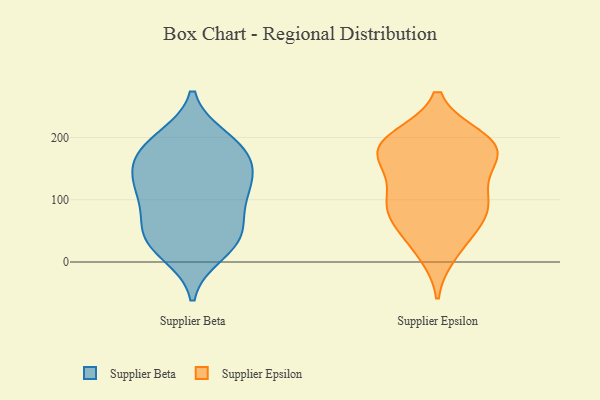
{"axis": {"x": "Satisfaction Score", "y": "Value"}, "legend": ["Supplier Beta", "Supplier Epsilon"], "data": [{"x": "", "y": 116, "type": "Supplier Beta"}, {"x": "", "y": 39, "type": "Supplier Beta"}, {"x": "", "y": 35, "type": "Supplier Beta"}, {"x": "", "y": 132, "type": "Supplier Beta"}, {"x": "", "y": 108, "type": "Supplier Beta"}, {"x": "", "y": 14, "type": "Supplier Beta"}, {"x": "", "y": 112, "type": "Supplier Beta"}, {"x": "", "y": 58, "type": "Supplier Beta"}, {"x": "", "y": 173, "type": "Supplier Beta"}, {"x": "", "y": 150, "type": "Supplier Beta"}, {"x": "", "y": 187, "type": "Supplier Beta"}, {"x": "", "y": 198, "type": "Supplier Beta"}, {"x": "", "y": 31, "type": "Supplier Beta"}, {"x": "", "y": 154, "type": "Supplier Beta"}, {"x": "", "y": 188, "type": "Supplier Beta"}, {"x": "", "y": 72, "type": "Supplier Beta"}, {"x": "", "y": 181, "type": "Supplier Epsilon"}, {"x": "", "y": 60, "type": "Supplier Epsilon"}, {"x": "", "y": 15, "type": "Supplier Epsilon"}, {"x": "", "y": 170, "type": "Supplier Epsilon"}, {"x": "", "y": 182, "type": "Supplier Epsilon"}, {"x": "", "y": 91, "type": "Supplier Epsilon"}, {"x": "", "y": 192, "type": "Supplier Epsilon"}, {"x": "", "y": 85, "type": "Supplier Epsilon"}, {"x": "", "y": 105, "type": "Supplier Epsilon"}, {"x": "", "y": 182, "type": "Supplier Epsilon"}, {"x": "", "y": 199, "type": "Supplier Epsilon"}, {"x": "", "y": 197, "type": "Supplier Epsilon"}, {"x": "", "y": 151, "type": "Supplier Epsilon"}, {"x": "", "y": 76, "type": "Supplier Epsilon"}, {"x": "", "y": 30, "type": "Supplier Epsilon"}, {"x": "", "y": 135, "type": "Supplier Epsilon"}, {"x": "", "y": 89, "type": "Supplier Epsilon"}]}